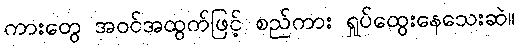
ကားတွေ အဝင်အထွက်ဖြင့် စည်ကား ရှုပ်ထွေးနေသေးဆဲ။